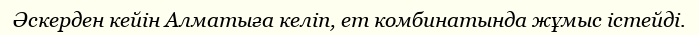
Әскерден кейін Алматыға келіп, ет комбинатында жұмыс істейді.